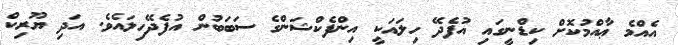
އެއްމެ ޢާއްމުކޮށް ކިޑްނީގައި އުފެދޭ ހިލައަކީ އިންފެކްޝަންގެ ސަބަބުން އުފެދޭހިލައެވެ. އަދި ޔޫރިކް